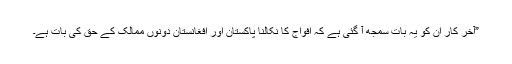
”آخر کار اُن کو یہ بات سمجھ آ گئی ہے کہ افواج کا نکالنا پاکستان اور افغانستان دونوں ممالک کے حق کی بات ہے۔